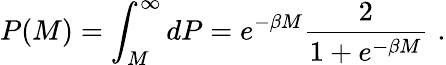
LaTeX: P(M)=\int_{M}^{\infty}dP=e^{-\beta M}\frac{2}{1+e^{-\beta M}}\, \, .